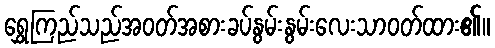
ရွှေကြည်သည်အဝတ်အစားခပ်နွမ်းနွမ်းလေးသာဝတ်ထား၏။